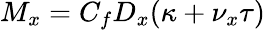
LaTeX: M_{x}=C_{f}D_{x}(\kappa+\nu_{x}\tau)